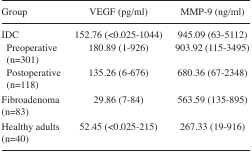
| Group | VEGF (pg/ml) | MMP-9 (ng/ml) |
 | --- | --- | --- |
 | IDC | 152.76 (<0.025-1044) | 945.09 (63-5112) |
 | Preoperative (n=301) | 180.89 (1-926) | 903.92 (115-3495) |
 | Postoperative (n=118) | 135.26 (6-676) | 680.36 (67-2348) |
 | Fibroadenoma (n=83) | 29.86 (7-84) | 563.59 (135-895) |
 | Healthy adults (n=40) | 52.45 (<0.025-215) | 267.33 (19-916) |